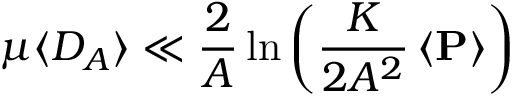
\mu \langle D _ { A } \rangle \ll \frac { 2 } { A } \ln \left( \frac { K } { 2 A ^ { 2 } } \left< \mathbf { P } \right> \right)